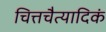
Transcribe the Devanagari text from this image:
चित्तचैत्यादिकं